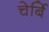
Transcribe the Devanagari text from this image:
चेर्बि